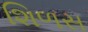
શિળસ